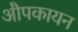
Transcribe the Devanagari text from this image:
औपकायन